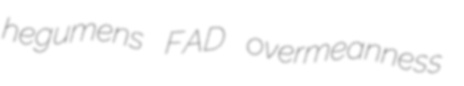
hegumens FAD overmeanness